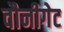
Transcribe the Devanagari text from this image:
वौनीगेट